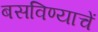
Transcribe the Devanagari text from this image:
बसविण्याचें